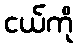
ငယ်ကို